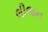
લીજન